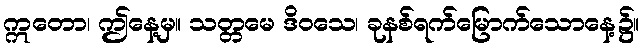
ဣတော၊ ဤနေ့မှ။ သတ္တမေ ဒိဝသေ၊ ခုနစ်ရက်မြောက်သောနေ့၌။